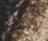
القلبية